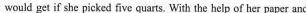
would get if she picked five quarts. With the help of her paper and